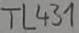
Text: TL431